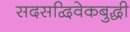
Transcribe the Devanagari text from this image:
सदसद्विवेकबुद्धी